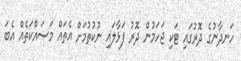
ހަނދާނުގެ ދޮރުގައި ޓަކި ޖަހަމުން ދޮރު ފަޅާލައި ނުކުތުމަށް އެތައް މަސައްކަތެއް އެބަ